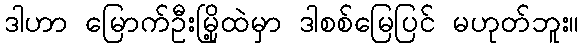
ဒါဟာ မြောက်ဦးမြို့ထဲမှာ ဒါစစ်မြေပြင် မဟုတ်ဘူး။